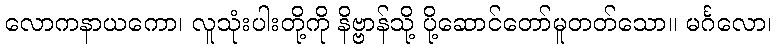
လောကနာယကော၊ လူသုံးပါးတို့ကို နိဗ္ဗာန်သို့ ပို့ဆောင်တော်မူတတ်သော။ မင်္ဂလော၊